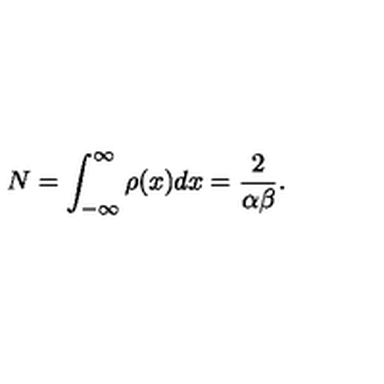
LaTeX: N = \int _ { - \infty } ^ { \infty } \rho ( x ) d x = \frac { 2 } { \alpha \beta } .